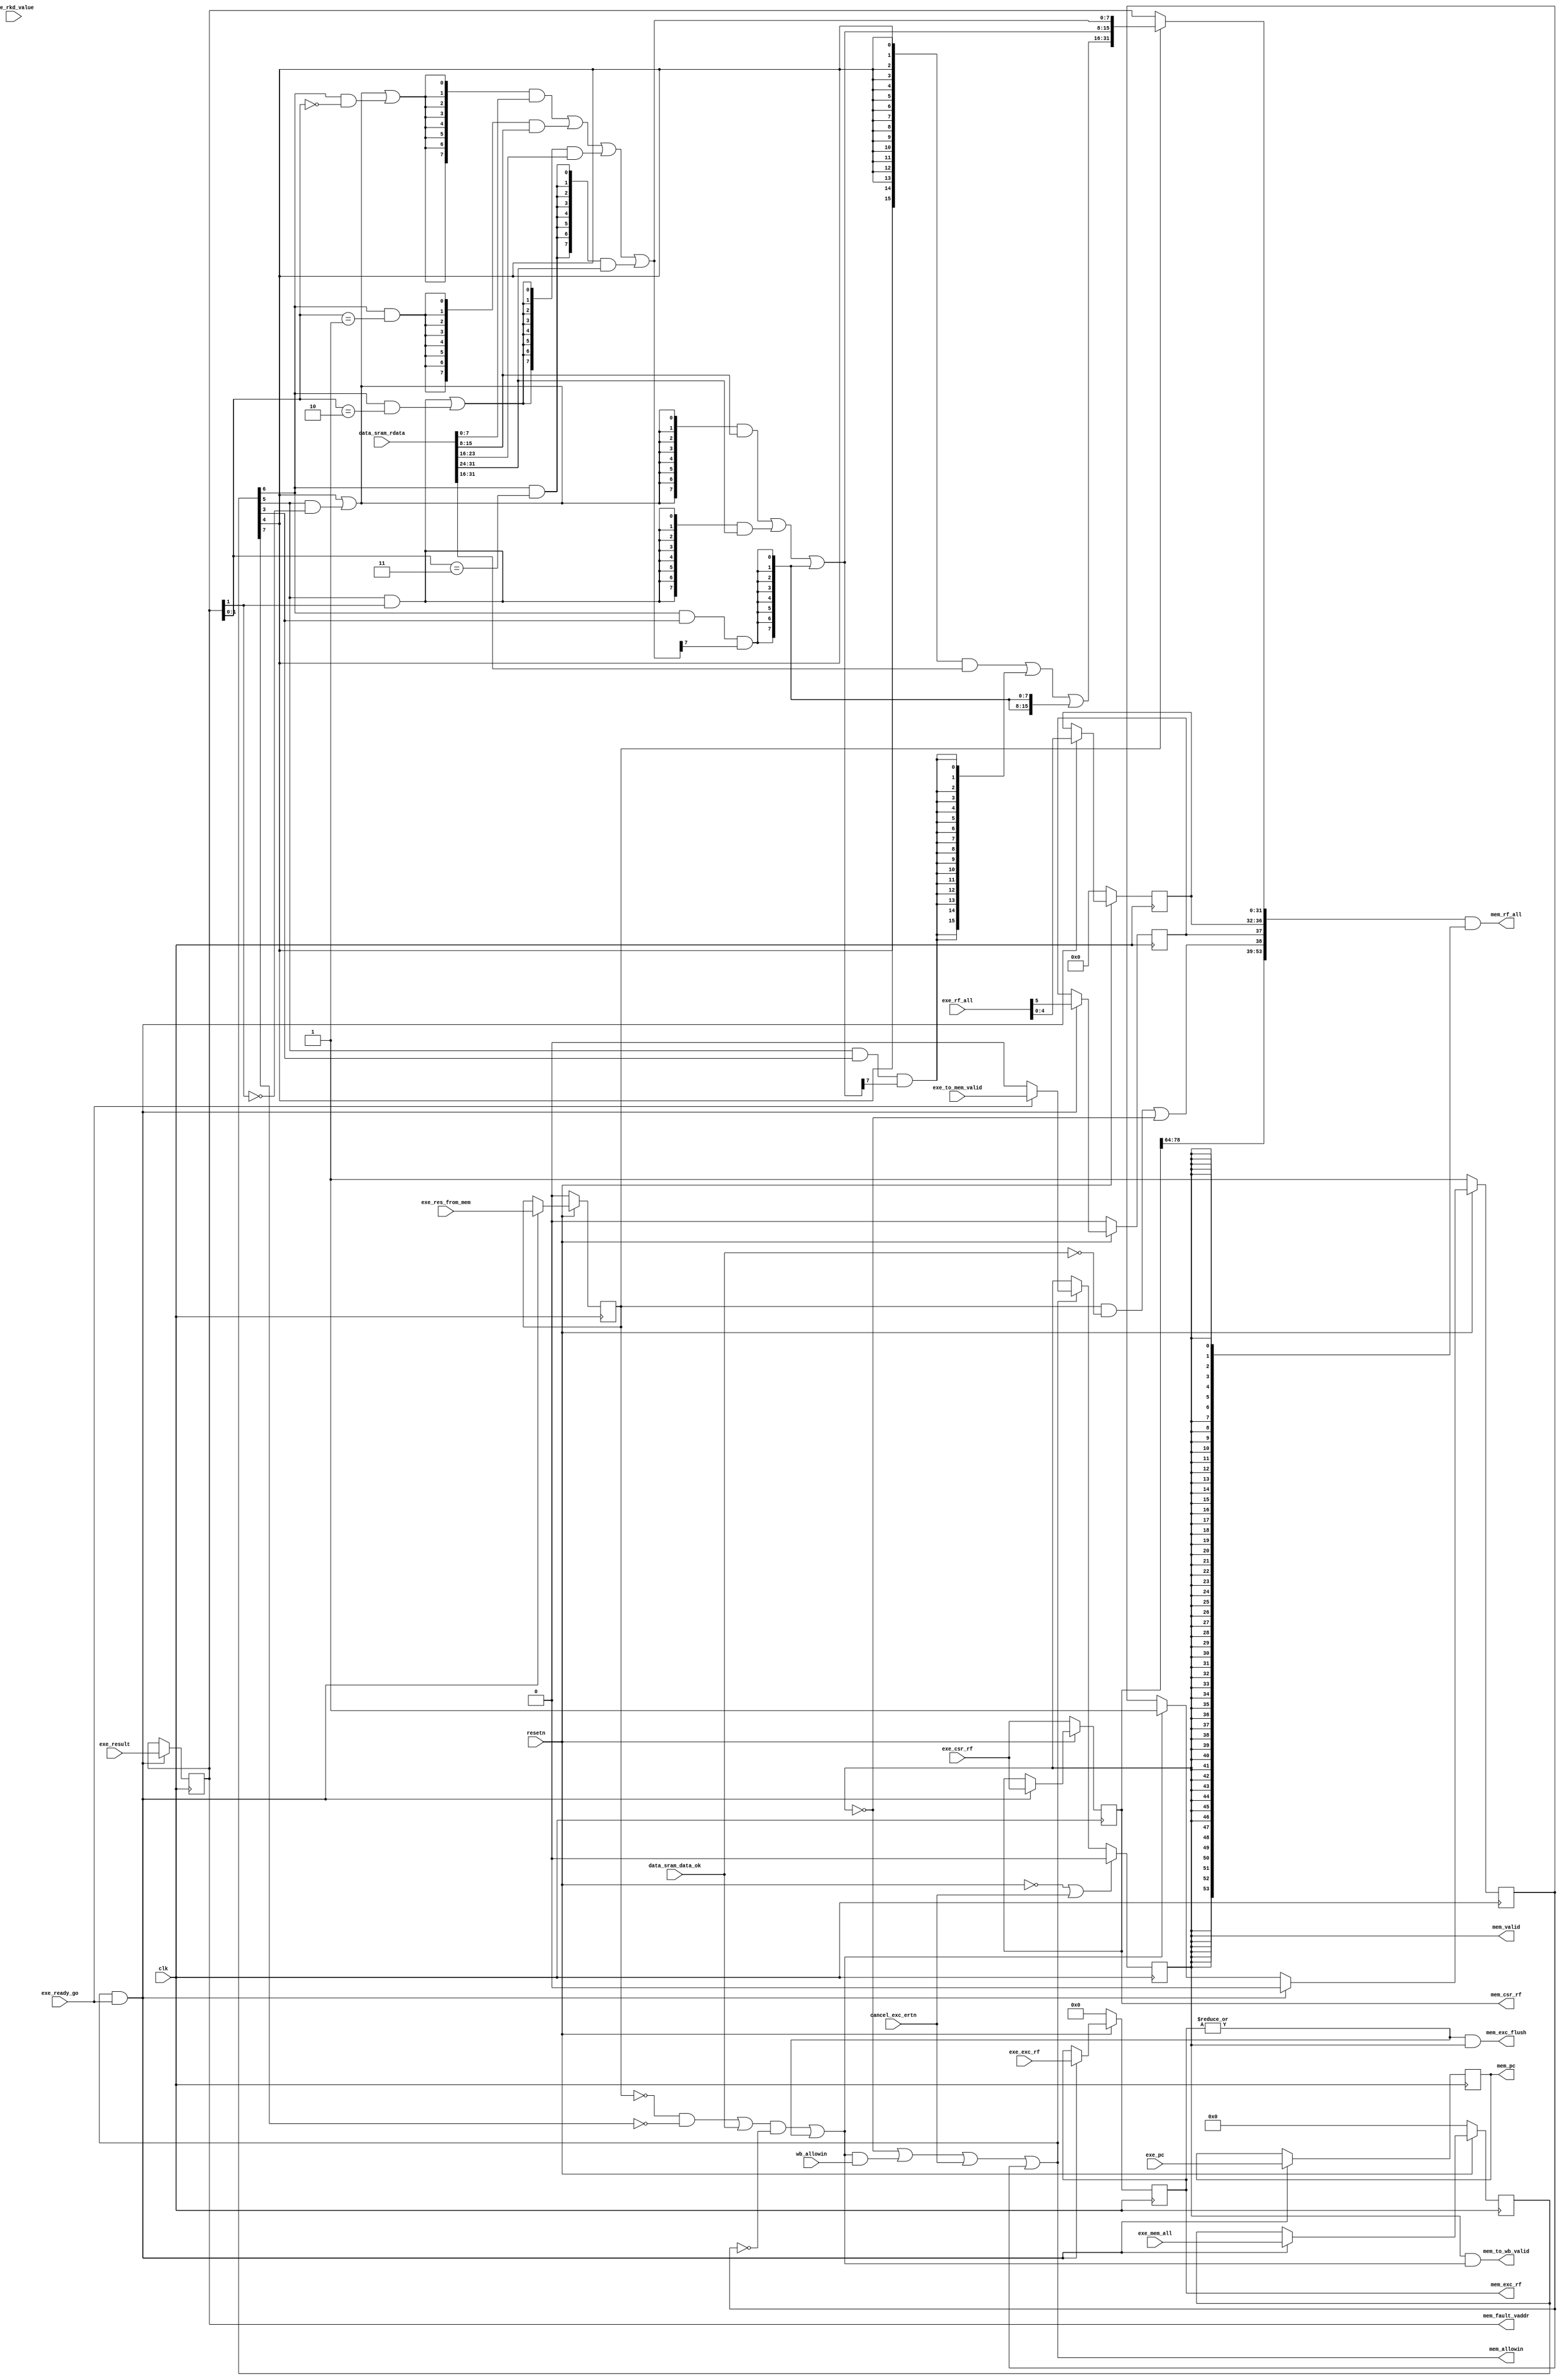
module MEMstate(
    input              clk,
    input              resetn,
    output reg         mem_valid,
    // exestate -> memstate
    output             mem_allowin,
    input              exe_ready_go,
    input       [5 :0] exe_rf_all, // {exe_rf_we, exe_rf_waddr}
    input              exe_to_mem_valid,
    input       [31:0] exe_pc,    
    input       [31:0] exe_result, 
    input              exe_res_from_mem,
    input       [7 :0] exe_mem_all,
    //{mem_we, ld_b, ld_h, ld_w, ld_se, st_b, st_h, st_w}
    input       [31:0] exe_rkd_value,
    // memstate -> wbstate
    input              wb_allowin,
    output      [53:0] mem_rf_all, // {mem_rf_we, mem_rf_waddr, mem_rf_wdata} if is ld, can't use data directly
    output             mem_to_wb_valid,
    output reg  [31:0] mem_pc,

    // data sram
    // output             data_sram_en,
    // output      [ 3:0] data_sram_we,
    // output      [31:0] data_sram_addr,
    // output      [31:0] data_sram_wdata,
    // input       [31:0] data_sram_rdata,

    
    input  wire        data_sram_data_ok,
    input  wire [31:0] data_sram_rdata, 

    //exc
    input              cancel_exc_ertn,//canceled by exception or ereturn
    input       [78:0] exe_csr_rf,//{ertn,csr_rd,csr_wr,mem_csr_wr_num,csr_rd_value,csr_mask,csr_wvalue}
    input       [6 :0] exe_exc_rf,//{INT,ADEF,BRK,INE,SYS,ertn}
    output      [6 :0] mem_exc_rf,//{INT,ADEF,ALE,BRK,INE,SYS,ertn}
    output reg  [78:0] mem_csr_rf,//{ertn,csr_rd,csr_wr,mem_csr_wr_num,csr_rd_value,csr_mask,csr_wvalue}
    output      [31:0] mem_fault_vaddr,
    output             mem_exc_flush
);


    wire        mem_ready_go;
    wire [31:0] mem_result;
    reg         mem_gone;
    // reg         mem_valid;
    reg  [7 :0] mem_all;
    reg  [31:0] rkd_value;
    wire [31:0] mem_rf_wdata;
    reg         mem_rf_we;
    reg  [4 :0] mem_rf_waddr;
    reg  [31:0] alu_result;
    reg         mem_res_from_mem;
    wire [3 :0] strb;
    wire [13:0] mem_csr_wr_num;
    wire        mem_csr_wr;
    wire        mem_ale;
    reg  [6 :0] mem_exc_rf_reg;
    wire        mem_wr,mem_ld_not_handled;

    // valid signals
    assign mem_ready_go     = (~mem_res_from_mem & ~mem_we | data_sram_data_ok) & ~mem_gone | (|mem_exc_rf_reg);
    assign mem_allowin      = ~mem_valid | mem_ready_go & wb_allowin | cancel_exc_ertn | mem_gone;     
    assign mem_to_wb_valid  = mem_valid & mem_ready_go;
    assign mem_rf_wdata     = mem_res_from_mem ? mem_result : alu_result;
    assign mem_rf_all       = {mem_csr_wr,mem_csr_wr_num,mem_ld_not_handled ,mem_rf_we, mem_rf_waddr, mem_rf_wdata} & {54{mem_valid}};
    always @(posedge clk) begin
        if(~resetn | cancel_exc_ertn)
            mem_valid <= 1'b0;
        else if(mem_allowin)begin
            if(exe_ready_go)
                mem_valid <= exe_to_mem_valid;
            else 
                mem_valid <= 1'b0;
        end
        else
            mem_valid <= mem_valid;
    end

    // exestate <-> memstate
    always @(posedge clk) begin
        if(mem_allowin & exe_ready_go)
            mem_pc <= exe_pc;
    end
    always @(posedge clk) begin
        if(mem_allowin & exe_ready_go)
            alu_result <= exe_result;
    end
    always @(posedge clk) begin
        if(~resetn)
            {mem_rf_we, mem_rf_waddr} <= 6'd0;
        else if(mem_allowin & exe_ready_go)
            {mem_rf_we, mem_rf_waddr} <= exe_rf_all;
    end
    always @(posedge clk) begin
        if(~resetn)
            {mem_res_from_mem, mem_all} <= 0;
        else if(mem_allowin & exe_ready_go)
            {mem_res_from_mem, mem_all} <= {exe_res_from_mem, exe_mem_all};
    end

    always @(posedge clk) begin
        if(~resetn)
            mem_exc_rf_reg <= 6'b0;
        else if(mem_allowin & exe_ready_go)
            mem_exc_rf_reg <= exe_exc_rf;
    end

    always @(posedge clk ) begin
        if(~resetn)
            mem_csr_rf <= exe_csr_rf;
        else if(mem_allowin & exe_ready_go)
            mem_csr_rf <= exe_csr_rf;
    end

    always @(posedge clk ) begin
        if(~resetn)
            mem_gone <= 1'b1;
        else if(exe_ready_go & mem_allowin)
            mem_gone <= 1'b0;
        else if(mem_ready_go)
            mem_gone <= 1'b1;
    end

    assign mem_result[7:0] = {8{ld_w | ld_h & ~alu_result[1] | ld_b & alu_result[1:0] == 2'b00}} & data_sram_rdata[7:0]
                               | {8{ld_b & alu_result[1:0] == 2'b01}} & data_sram_rdata[15:8]
                               | {8{ld_h & alu_result[1] | ld_b & alu_result[1:0] == 2'b10}} & data_sram_rdata[23:16]
                               | {8{ld_b & alu_result[1:0] == 2'b11}} & data_sram_rdata[31:24];
    assign mem_result[15:8] = {8{ld_w | ld_h & ~alu_result[1]}} & data_sram_rdata[15:8]
                                | {8{ld_h & alu_result[1]}} & data_sram_rdata[31:24]
                                | {8{ld_b & ld_se & mem_result[7]}};
    assign mem_result[31:16] = {16{ld_w}} & data_sram_rdata[31:16]
                                 | {16{ld_h & ld_se & mem_result[15]}}
                                 | {16{ld_b & ld_se & mem_result[7]}};
    assign {ld_b, ld_h, ld_w, ld_se} = mem_all[6:3];
    assign mem_we = mem_all[7];
    assign mem_ld_not_handled = mem_res_from_mem & ~data_sram_data_ok | ~mem_valid;
    // assign mem_ale = 2'b0;
    assign mem_fault_vaddr = alu_result;
    assign mem_exc_flush = (|mem_exc_rf_reg) & mem_valid;
    assign mem_csr_wr_num = mem_csr_rf[77:64];
    assign mem_csr_wr = mem_csr_rf[78];
    assign mem_exc_rf = mem_exc_rf_reg;
endmodule